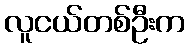
လူငယ်တစ်ဦးက